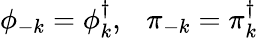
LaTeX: \phi_{-k}=\phi_{k}^{\dagger},~~~\pi_{-k}=\pi_{k}^{\dagger}